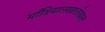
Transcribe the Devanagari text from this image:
माँत्रियालखालोखाल